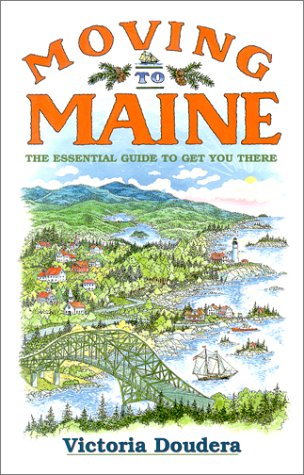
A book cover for Moving to Maine : The Essential Guide to Get You There; Victoria Doudera; Travel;